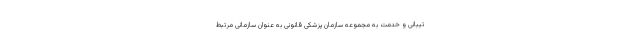
تیبانی و خدمت به مجموعه سازمان پزشکی قانونی به عنوان سازمانی مرتبط